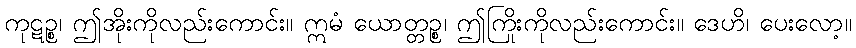
ကုဋဉ္စ၊ ဤအိုးကိုလည်းကောင်း။ ဣမံ ယောတ္တဉ္စ၊ ဤကြိုးကိုလည်းကောင်း။ ဒေဟိ၊ ပေးလော့။